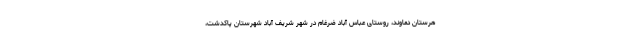
هرستان دماوند، روستای عباس آباد ضرغام در شهر شریف آباد شهرستان پاکدشت،